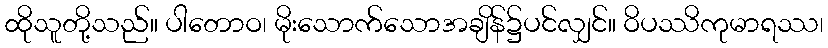
ထိုသူတို့သည်။ ပါတောဝ၊ မိုးသောက်သောအချိန်၌ပင်လျှင်။ ဝိပဿိကုမာရဿ၊